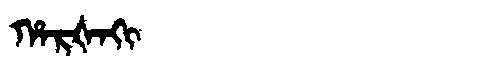
Manchu: ᡥᠠᡵᡧᠠᡴᡳ
Romanization: HARŠAKI